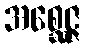
အစ္ဆေဇ္ဇ